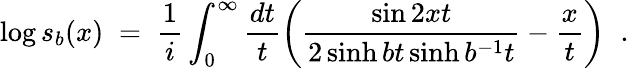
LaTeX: \log s_{b}(x)\; =\; \frac{1}{i}\int_{0}^{\infty}\frac{dt}{t}\biggl(\frac{\sin 2xt}{2\sinh bt\sinh b^{-1}t}-\frac{x}{t}\biggl)\; \; .